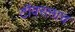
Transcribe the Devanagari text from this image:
टॉवरलाच